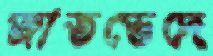
জাতভেদে